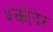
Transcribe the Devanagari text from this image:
श्कोदेर